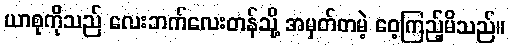
ယာစုကိုသည် လေးဘက်လေးတန်သို့ အမှတ်တမဲ့ ဝေ့ကြည့်မိသည်။